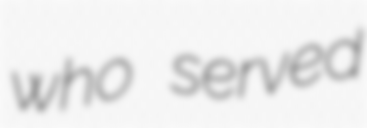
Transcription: who served